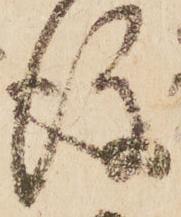
後